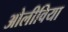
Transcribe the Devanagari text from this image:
ओलीविया